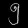
Digit: ၅